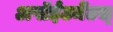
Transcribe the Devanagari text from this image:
अपॉईंटमेंटस्